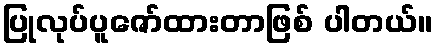
ပြုလုပ်ပူဇော်ထားတာဖြစ် ပါတယ်။